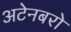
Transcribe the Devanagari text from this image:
अटेनबरो